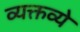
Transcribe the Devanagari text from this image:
व्यक्तव्ये